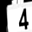
Digit: 4